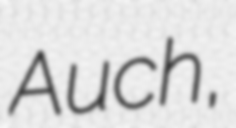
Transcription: Auch,